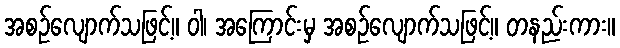
အစဉ်လျောက်သဖြင့်။ ဝါ၊ အကြောင်းမှ အစဉ်လျောက်သဖြင့်။ တနည်းကား။